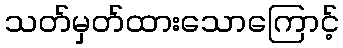
သတ်မှတ်ထားသောကြောင့်